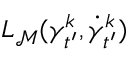
L _ { { \mathcal { M } } } ( \gamma _ { t ^ { \prime } } ^ { k } , \dot { \gamma } _ { t ^ { \prime } } ^ { k } )